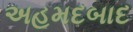
અહમદબાદ